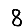
Digit: 8